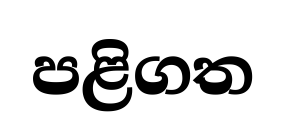
පළිගත